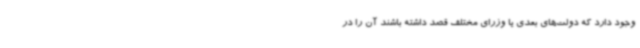
وجود دارد که دولت‌های بعدی یا وزرای مختلف قصد داشته باشند آن را در